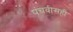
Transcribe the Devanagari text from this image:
पंचवीसही